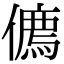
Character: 𠏰